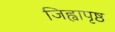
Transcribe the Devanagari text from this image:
जिह्वापृष्ठ